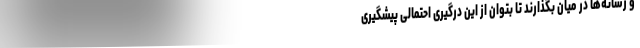
و رسانه‌ها در میان بگذارند تا بتوان از این درگیری احتمالی پیشگیری